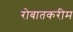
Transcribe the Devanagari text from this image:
रोबातकरीम